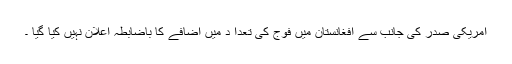
امریکی صدر کی جانب سے افغانستان میں فوج کی تعدا د میں اضافے کا باضابطہ اعلان نہیں کیا گیا ۔